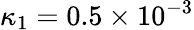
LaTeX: \kappa_{1}=0.5\times 10^{-3}